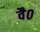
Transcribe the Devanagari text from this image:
वै०